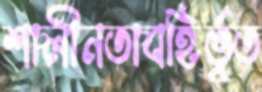
শালীনতাবহির্ভূত